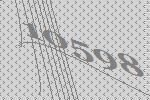
10598